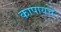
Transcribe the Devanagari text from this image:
कापायचे